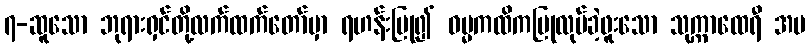
၇-ဆူသော ဘုရားရှင်တို့လက်ထက်တော်မှာ ရဟန်းပြု၍ ဓမ္မကထိကပြုလုပ်ခဲ့ဖူးသော သုက္ကာထေရီ အပ